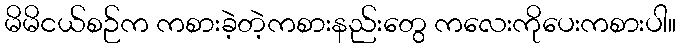
မိမိငယ်စဉ်က ကစားခဲ့တဲ့ကစားနည်းတွေ ကလေးကိုပေးကစားပါ။